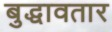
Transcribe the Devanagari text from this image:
बुद्धावतार